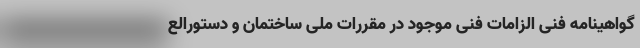
گواهینامه فنی الزامات فنی موجود در مقررات ملی ساختمان و دستور‌الع